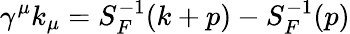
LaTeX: \gamma^{\mu}k_{\mu}=S_{F}^{-1}(k+p)-S_{F}^{-1}(p)